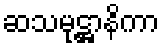
ဆသမုဋ္ဌာနိကာ